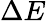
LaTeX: \Delta E